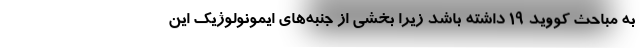
به مباحث کووید ۱۹ داشته باشد زیرا بخشی از جنبه‌های ایمونولوژیک این